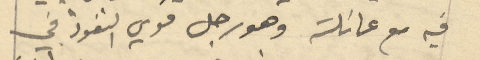
فيه مع عائلته وهو رجل قوي النفوذ في